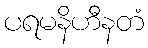
ပရမနိဟီနတံ